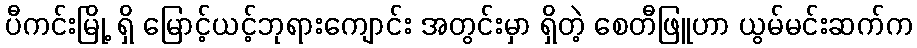
ပီကင်းမြို့ ရှိ မြောင့်ယင့်ဘုရားကျောင်း အတွင်းမှာ ရှိတဲ့ စေတီဖြူဟာ ယွမ်မင်းဆက်က